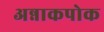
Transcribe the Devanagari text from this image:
अन्नाकपोक